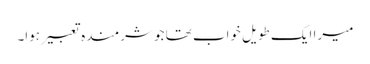
میرا ایک طویل خواب تھا جو شرمندہ تعبیر ہوا۔